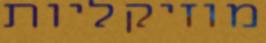
מוזיקליות